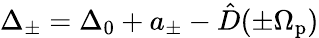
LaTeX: \Delta_{\pm}=\Delta_{0}+a_{\pm}-\hat{D}(\pm\Omega_{\mathrm{p}})